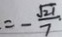
= - \frac { \sqrt { 2 1 } } { 7 }